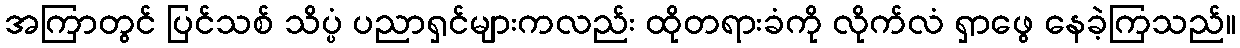
အကြာတွင် ပြင်သစ် သိပ္ပံ ပညာရှင်များကလည်း ထိုတရားခံကို လိုက်လံ ရှာဖွေ နေခဲ့ကြသည်။